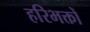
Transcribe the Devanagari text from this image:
हरिभक्तों